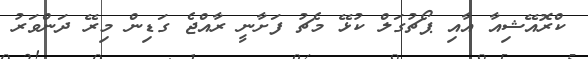
ކްރޮއޭޝިއާ އާއި ޕޯޗުގަލް ކުޅޭ މެޗު ފަށާނީ ރާއްޖެ ގަޑިން މިރޭ ދަންވަރު